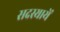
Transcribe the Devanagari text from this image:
सदस्यायें